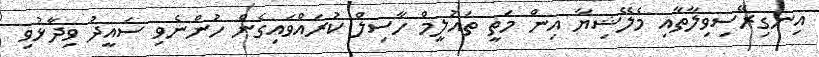
އިނގިރޭސިވިލާތާއި މެލޭޝިޔާ އިން މަތީ ތައުލީމް ހާސިލް ކުރައްވައިގެން ހުންނެވި ސައީދު ވިދާޅުވި